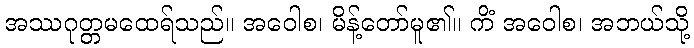
အဿဂုတ္တမထေရ်သည်။ အဝေါစ၊ မိန့်တော်မူ၏။ ကိံ အဝေါစ၊ အဘယ်သို့